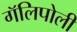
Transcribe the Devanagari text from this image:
गॅलिपोली